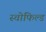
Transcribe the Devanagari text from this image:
स्चोफिल्ड